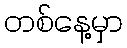
တစ်နေ့မှာ